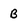
Character: B